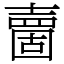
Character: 夁